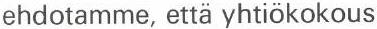
ehdotamme, että yhtiökokous